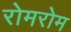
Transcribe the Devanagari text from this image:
रोमरोम